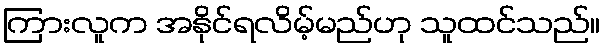
ကြားလူက အနိုင်ရလိမ့်မည်ဟု သူထင်သည်။